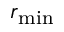
r _ { \mathrm { m i n } }